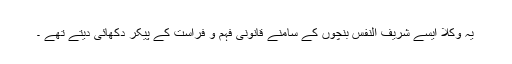
یہ وکلا ایسے شریف النفس بنچوں کے سامنے قانونی فہم و فراست کے پیکر دکھائی دیتے تھے ۔